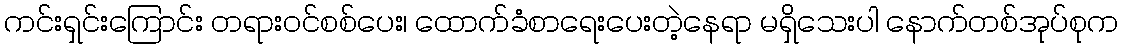
ကင်းရှင်းကြောင်း တရားဝင်စစ်ပေး၊ ထောက်ခံစာရေးပေးတဲ့နေရာ မရှိသေးပါ နောက်တစ်အုပ်စုက